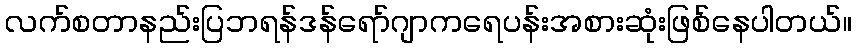
လက်စတာနည်းပြဘရန်ဒန်ရော်ဂျာကရေပန်းအစားဆုံးဖြစ်နေပါတယ်။